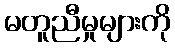
မတူညီမှုများကို